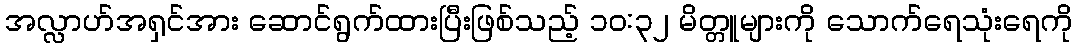
အလ္လာဟ်အရှင်အား ဆောင်ရွက်ထားပြီးဖြစ်သည့် ၁၀:၃၂ မိတ္တူများကို သောက်ရေသုံးရေကို